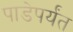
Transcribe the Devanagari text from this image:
पाडेपर्यंत